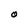
Character: O